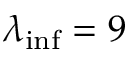
\lambda _ { \mathrm { i n f } } = 9